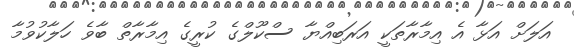
އަލަށް އަޅާ އެ އިމާރާތަކީ އަރަބިއްޔާ ސްކޫލްގެ ކުރީގެ އިމާރާތް ބާވެ ހަލާކުވުމާ